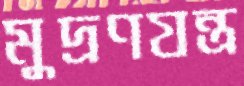
মুদ্রণযন্ত্র